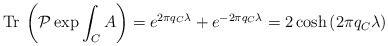
\begin{align*}{\mathrm{Tr}}\:\left( \mathcal{P}\exp{\int_C A}\right) = e^{2\pi q_C\lambda}+e^{-2\pi q_C\lambda}= 2 \cosh{(2\pi q_C\lambda)}\end{align*}